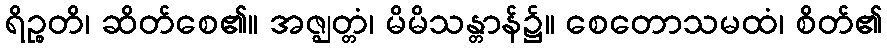
ရိဉ္စတိ၊ ဆိတ်စေ၏။ အဇ္ဈတ္တံ၊ မိမိသန္တာန်၌။ စေတောသမထံ၊ စိတ်၏